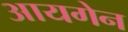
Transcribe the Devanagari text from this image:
आयगेन